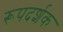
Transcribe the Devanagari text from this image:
रूपदर्शक